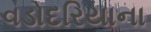
વડોદરિયાના